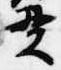
貫